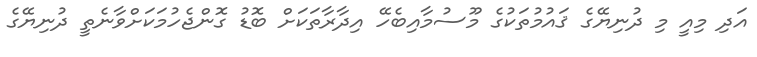
އަދި މިއީ މި ދުނިޔޭގެ ޤައުމުތަކުގެ މޫސުމާއިބެހޭ އިދާރާތަކަށް ބޮޑު ގޮންޖެހުމަކަށްވާނެތީ ދުނިޔޭގެ